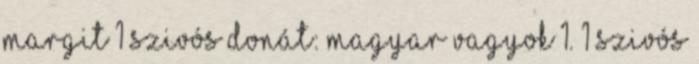
Margit 1 Szivós Donát: Magyar vagyok 1. 1 Szivós